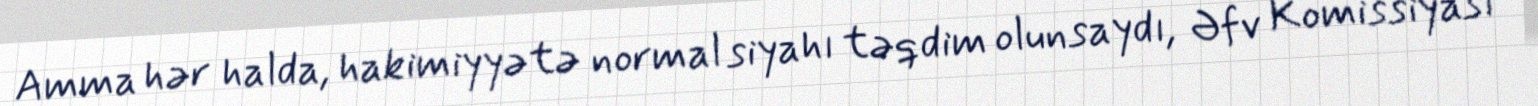
Amma hər halda, hakimiyyətə normal siyahı təqdim olunsaydı, Əfv Komissiyası